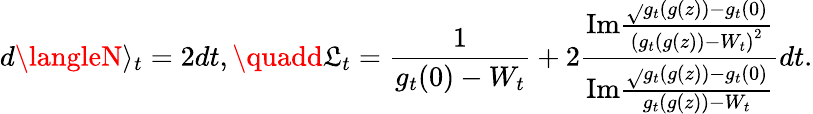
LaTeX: d\langleN\rangle_{t}=2dt,\quadd\mathfrak{L}_{t}=\frac{{1}}{{g_{t}(0)-W_{t}}}+2\frac{{\mathrm{{Im}}\frac{{\sqrt{}{{g_{t}(g(z))-g_{t}(0)}}}}{{\left(g_{t}(g(z))-W_{t}\right)^{2}}}}}{{\mathrm{{Im}}\frac{{\sqrt{}{{g_{t}(g(z))-g_{t}(0)}}}}{{g_{t}(g(z))-W_{t}}}}}dt.